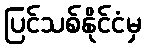
ပြင်သစ်နိုင်ငံမှ